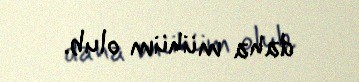
daha mühüm olub.